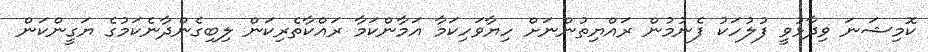
ކޮމިޝަނަ ވިދާޅުވީ ފުލުހަކު ފެނުމުން ރައްޔިތުންނަށް ހިޔާވަހިކަމާ އަމާންކަމާ ރައްކާތެރިކަން ލިބިގެންދާނެކަމުގެ ޔަގީންކަން